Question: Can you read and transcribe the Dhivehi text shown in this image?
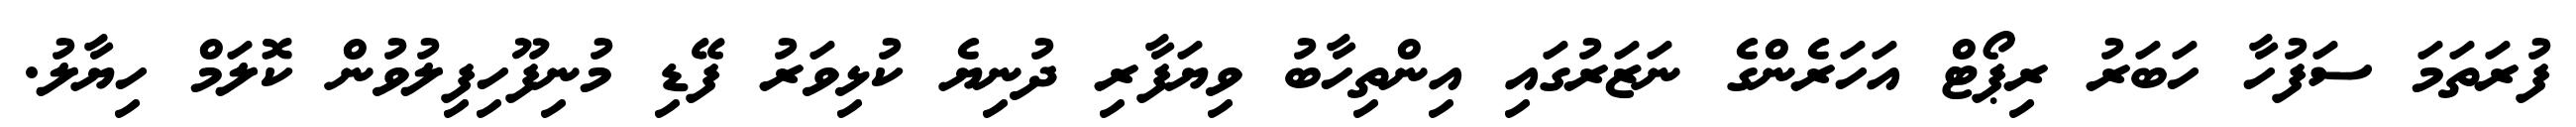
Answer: ފުރަތަމަ ސަފުހާ ހަބަރު ރިޕޯޓް އަހަރެންގެ ނަޒަރުގައި އިންތިހާބު ވިޔަފާރި ދުނިޔެ ކުޅިވަރު ފޭޑި މުނިފޫހިފިލުވުން ކޮލަމް ހިޔާލު.